Vaccination in Bombay 1869-1873 - 1869-1873
Year: 1869
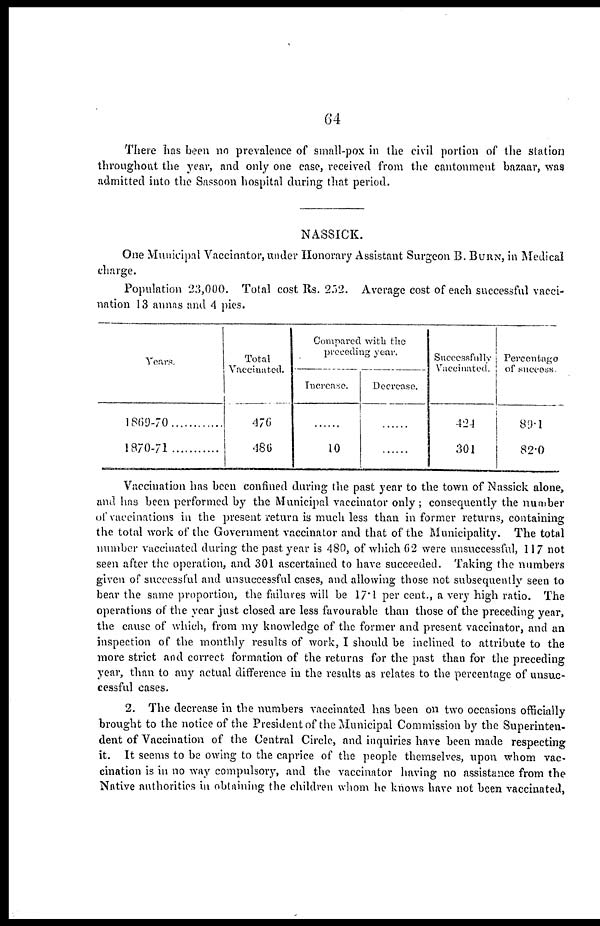
64
There has been no prevalence of small-pox in the civil portion of the station
throughout the year, and only one case, received from the cantonment bazaar, was
admitted into the Sassoon hospital during that period.
NASSICK.
One Municipal Vaccinator, under Honorary Assistant Surgeon B. BURN, in Medical
charge.
Population 23,000. Total cost Rs. 252. Average cost of each successful vacci-
nation 13 annas and 4 pies.
Years.
1869-70
1870-71
Total
Vaccinated.
476
486
Compared with the
preceding year.
Increase.
......
10
Decrease.
......
......
Successfully
Vaccinated.
424
301
Percentage
of success
89.l
82.0
Vaccination has been confined during the past year to the town of Nassick alone,
and has been performed by the Municipal vaccinator only ; consequently the number
of vaccinations in the present return is much less than in former returns, containing
the total work of the Government vaccinator and that of the Municipality. The total
number vaccinated during the past year is 480, of which 62 were unsuccessful, 117 not
seen after the operation, and 301 ascertained to have succeeded. Taking the numbers
given of successful and unsuccessful cases, and allowing those not subsequently seen to
bear the same proportion, the failures will be 17.1 per cent., a very high ratio. The
operations of the year just closed are less favourable than those of the preceding year,
the cause of which, from my knowledge of the former and present vaccinator, and an
inspection of the monthly results of work, I should be inclined to attribute to the
more strict and correct formation of the returns for the past than for the preceding
year, than to any actual difference in the results as relates to the percentage of unsuc-
cessful cases.
2. The decrease in the numbers vaccinated has been on two occasions officially
brought to the notice of the President of the Municipal Commission by the Superinten-
dent of Vaccination of the Central Circle, and inquiries have been made respecting
it. It seems to be owing to the caprice of the people themselves, upon whom vac-
cination is in no way compulsory, and the vaccinator having no assistance from the
Native authorities in obtaining the children whom he knows have not been vaccinated,